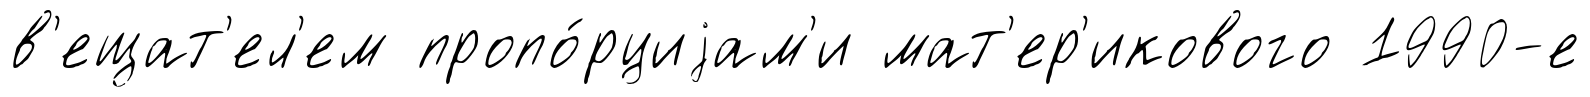
в'ещат'ел'ем пропо́рциjам'и мат'ер'икового 1990-е